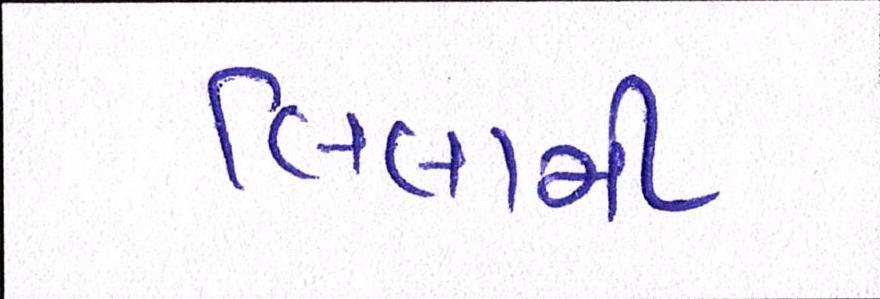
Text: લિલામી